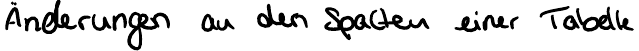
Änderungen an den Spalten einer Tabelle